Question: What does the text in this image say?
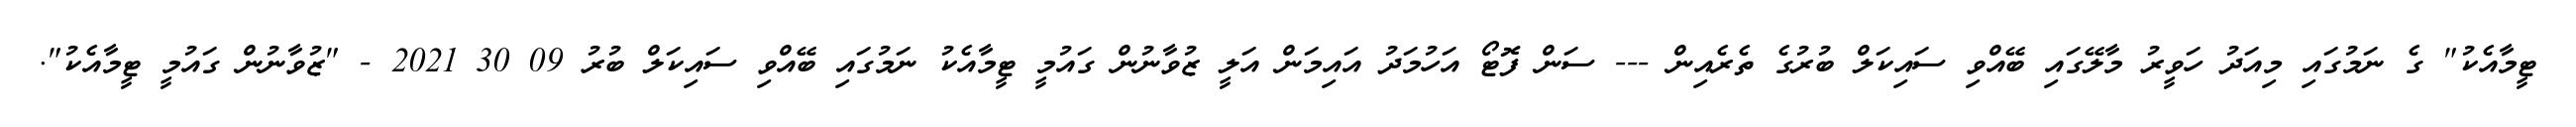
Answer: ޓީމާއެކު" ގެ ނަމުގައި މިއަދު ހަވީރު މާލޭގައި ބޭއްވި ސައިކަލް ބުރުގެ ތެރެއިން --- ސަން ފޮޓޯ އަހުމަދު އައިމަން އަލީ ޒުވާނުން ގައުމީ ޓީމާއެކު ނަމުގައި ބޭއްވި ސައިކަލް ބުރު 09 30 2021 - "ޒުވާނުން ގައުމީ ޓީމާއެކު".